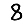
Digit: 8